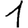
Digit: 1